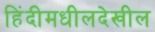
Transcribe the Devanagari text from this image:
हिंदीमधीलदेखील